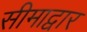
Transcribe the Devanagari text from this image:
सीमाद्वार